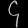
Digit: ၄